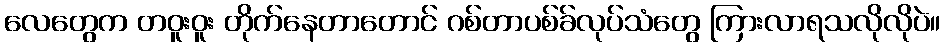
လေတွေက တဝူးဝူး တိုက်နေတာတောင် ဂစ်တာပစ်ခ်လုပ်သံတွေ ကြားလာရသလိုလိုပဲ။